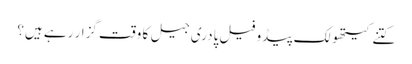
کتنے کیتھولک پیڈو فیل پادری جیل کا وقت گزار رہے ہیں؟